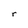
Character: r